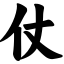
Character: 仗